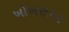
ખોખરાપર